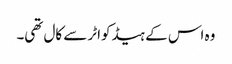
وہ اس کے ہیڈکواٹر سے کال تھی۔